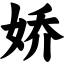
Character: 娇